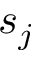
s _ { j }